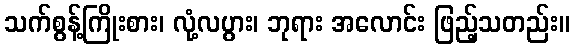
သက်စွန့်ကြိုးစား၊ လုံ့လပွား၊ ဘုရား အလောင်း ဖြည့်သတည်း။